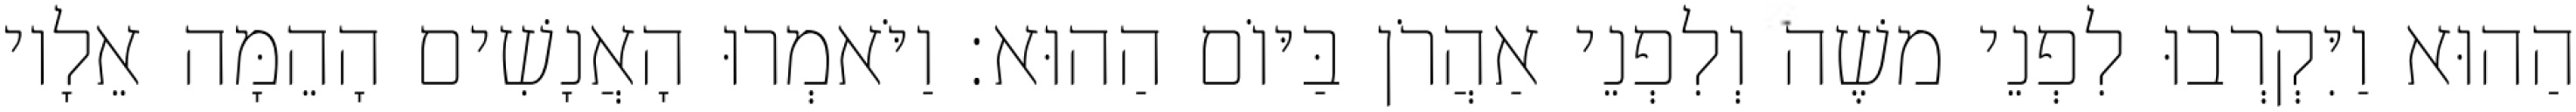
הַהוּא וַיִּקְרְבוּ לִפְנֵי משֶׁה וְלִפְנֵי אַהֲרֹן בַּיּוֹם הַהוּא׃ וַיֹּאמְרוּ הָאֲנָשִׁים הָהֵמָּה אֵלָיו